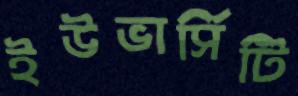
ইউভার্সিটি